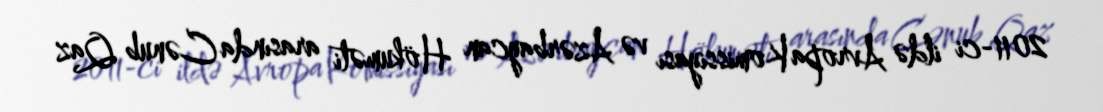
2011-ci ildə Avropa Komissiyası və Azərbaycan Hökuməti arasında Cənub Qaz